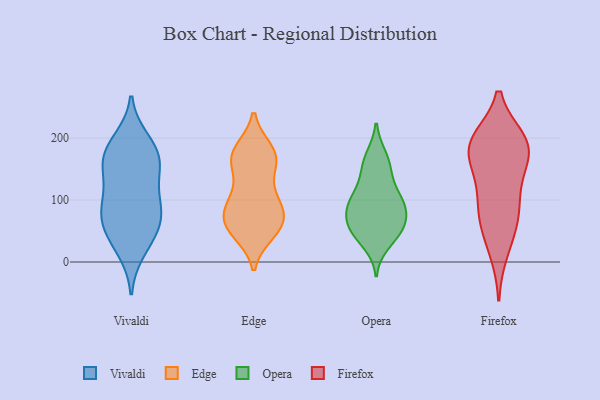
{"axis": {"x": "Page Views", "y": "Value"}, "legend": ["Edge", "Firefox", "Opera", "Vivaldi"], "data": [{"x": "", "y": 185, "type": "Vivaldi"}, {"x": "", "y": 149, "type": "Vivaldi"}, {"x": "", "y": 84, "type": "Vivaldi"}, {"x": "", "y": 164, "type": "Vivaldi"}, {"x": "", "y": 111, "type": "Vivaldi"}, {"x": "", "y": 57, "type": "Vivaldi"}, {"x": "", "y": 60, "type": "Vivaldi"}, {"x": "", "y": 158, "type": "Vivaldi"}, {"x": "", "y": 195, "type": "Vivaldi"}, {"x": "", "y": 92, "type": "Vivaldi"}, {"x": "", "y": 20, "type": "Vivaldi"}, {"x": "", "y": 168, "type": "Vivaldi"}, {"x": "", "y": 39, "type": "Vivaldi"}, {"x": "", "y": 84, "type": "Vivaldi"}, {"x": "", "y": 48, "type": "Edge"}, {"x": "", "y": 66, "type": "Edge"}, {"x": "", "y": 174, "type": "Edge"}, {"x": "", "y": 56, "type": "Edge"}, {"x": "", "y": 156, "type": "Edge"}, {"x": "", "y": 93, "type": "Edge"}, {"x": "", "y": 179, "type": "Edge"}, {"x": "", "y": 98, "type": "Edge"}, {"x": "", "y": 99, "type": "Edge"}, {"x": "", "y": 55, "type": "Edge"}, {"x": "", "y": 103, "type": "Edge"}, {"x": "", "y": 172, "type": "Edge"}, {"x": "", "y": 66, "type": "Edge"}, {"x": "", "y": 61, "type": "Edge"}, {"x": "", "y": 159, "type": "Edge"}, {"x": "", "y": 171, "type": "Edge"}, {"x": "", "y": 41, "type": "Opera"}, {"x": "", "y": 167, "type": "Opera"}, {"x": "", "y": 64, "type": "Opera"}, {"x": "", "y": 99, "type": "Opera"}, {"x": "", "y": 94, "type": "Opera"}, {"x": "", "y": 144, "type": "Opera"}, {"x": "", "y": 113, "type": "Opera"}, {"x": "", "y": 91, "type": "Opera"}, {"x": "", "y": 61, "type": "Opera"}, {"x": "", "y": 171, "type": "Opera"}, {"x": "", "y": 29, "type": "Opera"}, {"x": "", "y": 92, "type": "Opera"}, {"x": "", "y": 53, "type": "Opera"}, {"x": "", "y": 95, "type": "Opera"}, {"x": "", "y": 144, "type": "Opera"}, {"x": "", "y": 51, "type": "Opera"}, {"x": "", "y": 64, "type": "Opera"}, {"x": "", "y": 126, "type": "Firefox"}, {"x": "", "y": 192, "type": "Firefox"}, {"x": "", "y": 17, "type": "Firefox"}, {"x": "", "y": 196, "type": "Firefox"}, {"x": "", "y": 96, "type": "Firefox"}, {"x": "", "y": 175, "type": "Firefox"}, {"x": "", "y": 192, "type": "Firefox"}, {"x": "", "y": 87, "type": "Firefox"}, {"x": "", "y": 182, "type": "Firefox"}, {"x": "", "y": 192, "type": "Firefox"}, {"x": "", "y": 54, "type": "Firefox"}, {"x": "", "y": 152, "type": "Firefox"}, {"x": "", "y": 67, "type": "Firefox"}]}